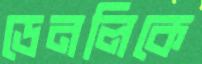
ডেনলিকে